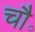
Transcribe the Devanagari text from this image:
चौ॰